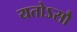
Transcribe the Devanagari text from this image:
यतोऽसौ